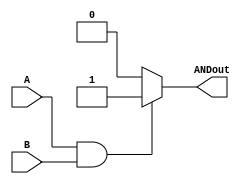
`timescale 1ns/1ps

module AND(A, B, ANDout);
  input A, B;
  output reg ANDout;

  always @*
    begin
      if (A == 1 && B == 1)
        ANDout <= 1;
      else 
        ANDout <= 0;
    end
endmodule